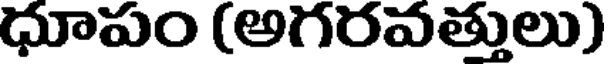
ధూపం (అగరవత్తులు)